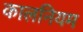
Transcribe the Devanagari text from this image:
कालनियम